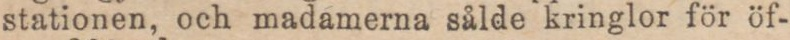
stationen, och madamerna sålde kringlor för öf-